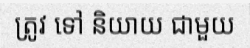
ត្រូវ ទៅ និយាយ ជាមួយ